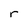
Character: r